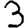
Digit: 3